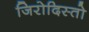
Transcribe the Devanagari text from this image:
जिरोदिस्तो